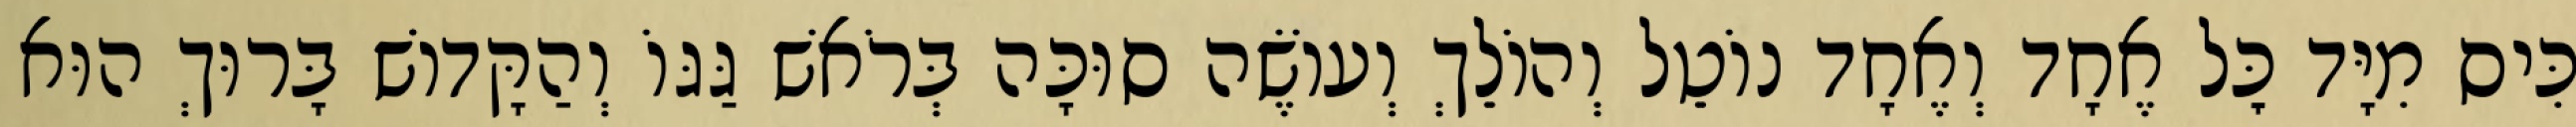
כִּיס מִיָּד כׇּל אֶחָד וְאֶחָד נוֹטֵל וְהוֹלֵךְ וְעוֹשֶׂה סוּכָּה בְּרֹאשׁ גַּגּוֹ וְהַקָּדוֹשׁ בָּרוּךְ הוּא